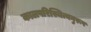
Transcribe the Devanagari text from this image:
कालपरिस्थित्यनुरूप